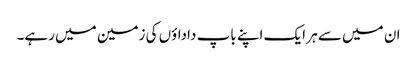
ان میں سے ہر ایک اپنے باپ داداؤں کی زمین میں رہے۔